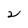
Character: 2